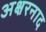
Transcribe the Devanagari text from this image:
अक्षरनाद